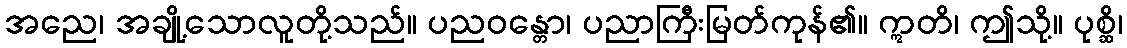
အညေ၊ အချို့သောလူတို့သည်။ ပညဝန္တော၊ ပညာကြီးမြတ်ကုန်၏။ ဣတိ၊ ဤသို့။ ပုစ္ဆိ၊